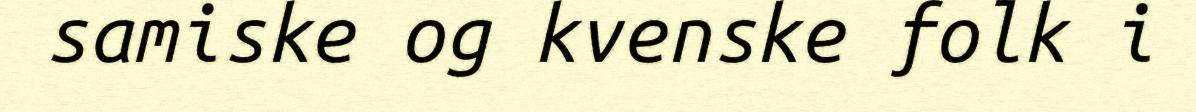
samiske og kvenske folk i